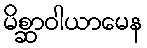
မိစ္ဆာဝါယာမေန